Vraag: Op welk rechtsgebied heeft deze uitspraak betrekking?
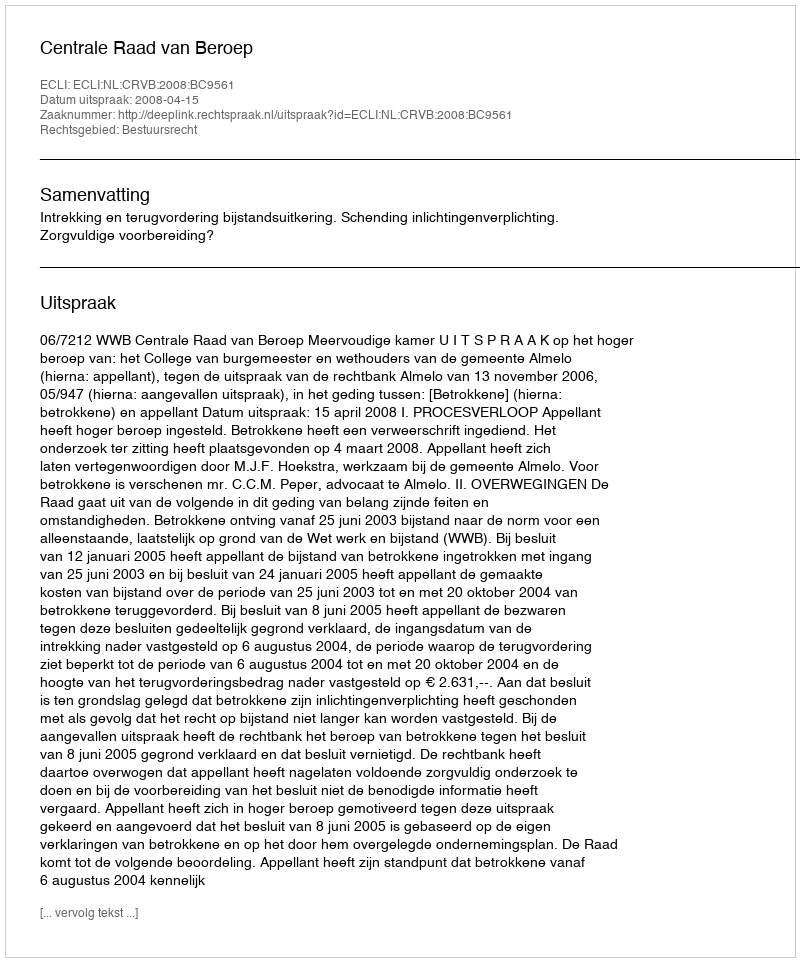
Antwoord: Bestuursrecht